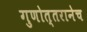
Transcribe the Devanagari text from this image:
गुणोत्तरानेच